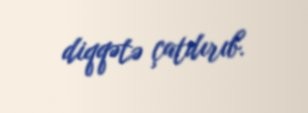
diqqətə çatdırıb.